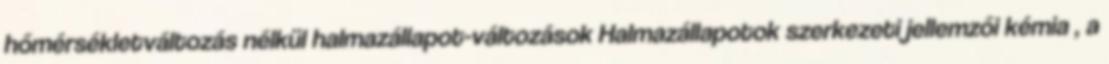
hőmérsékletváltozás nélkül halmazállapot-változások Halmazállapotok szerkezeti jellemzői kémia , a